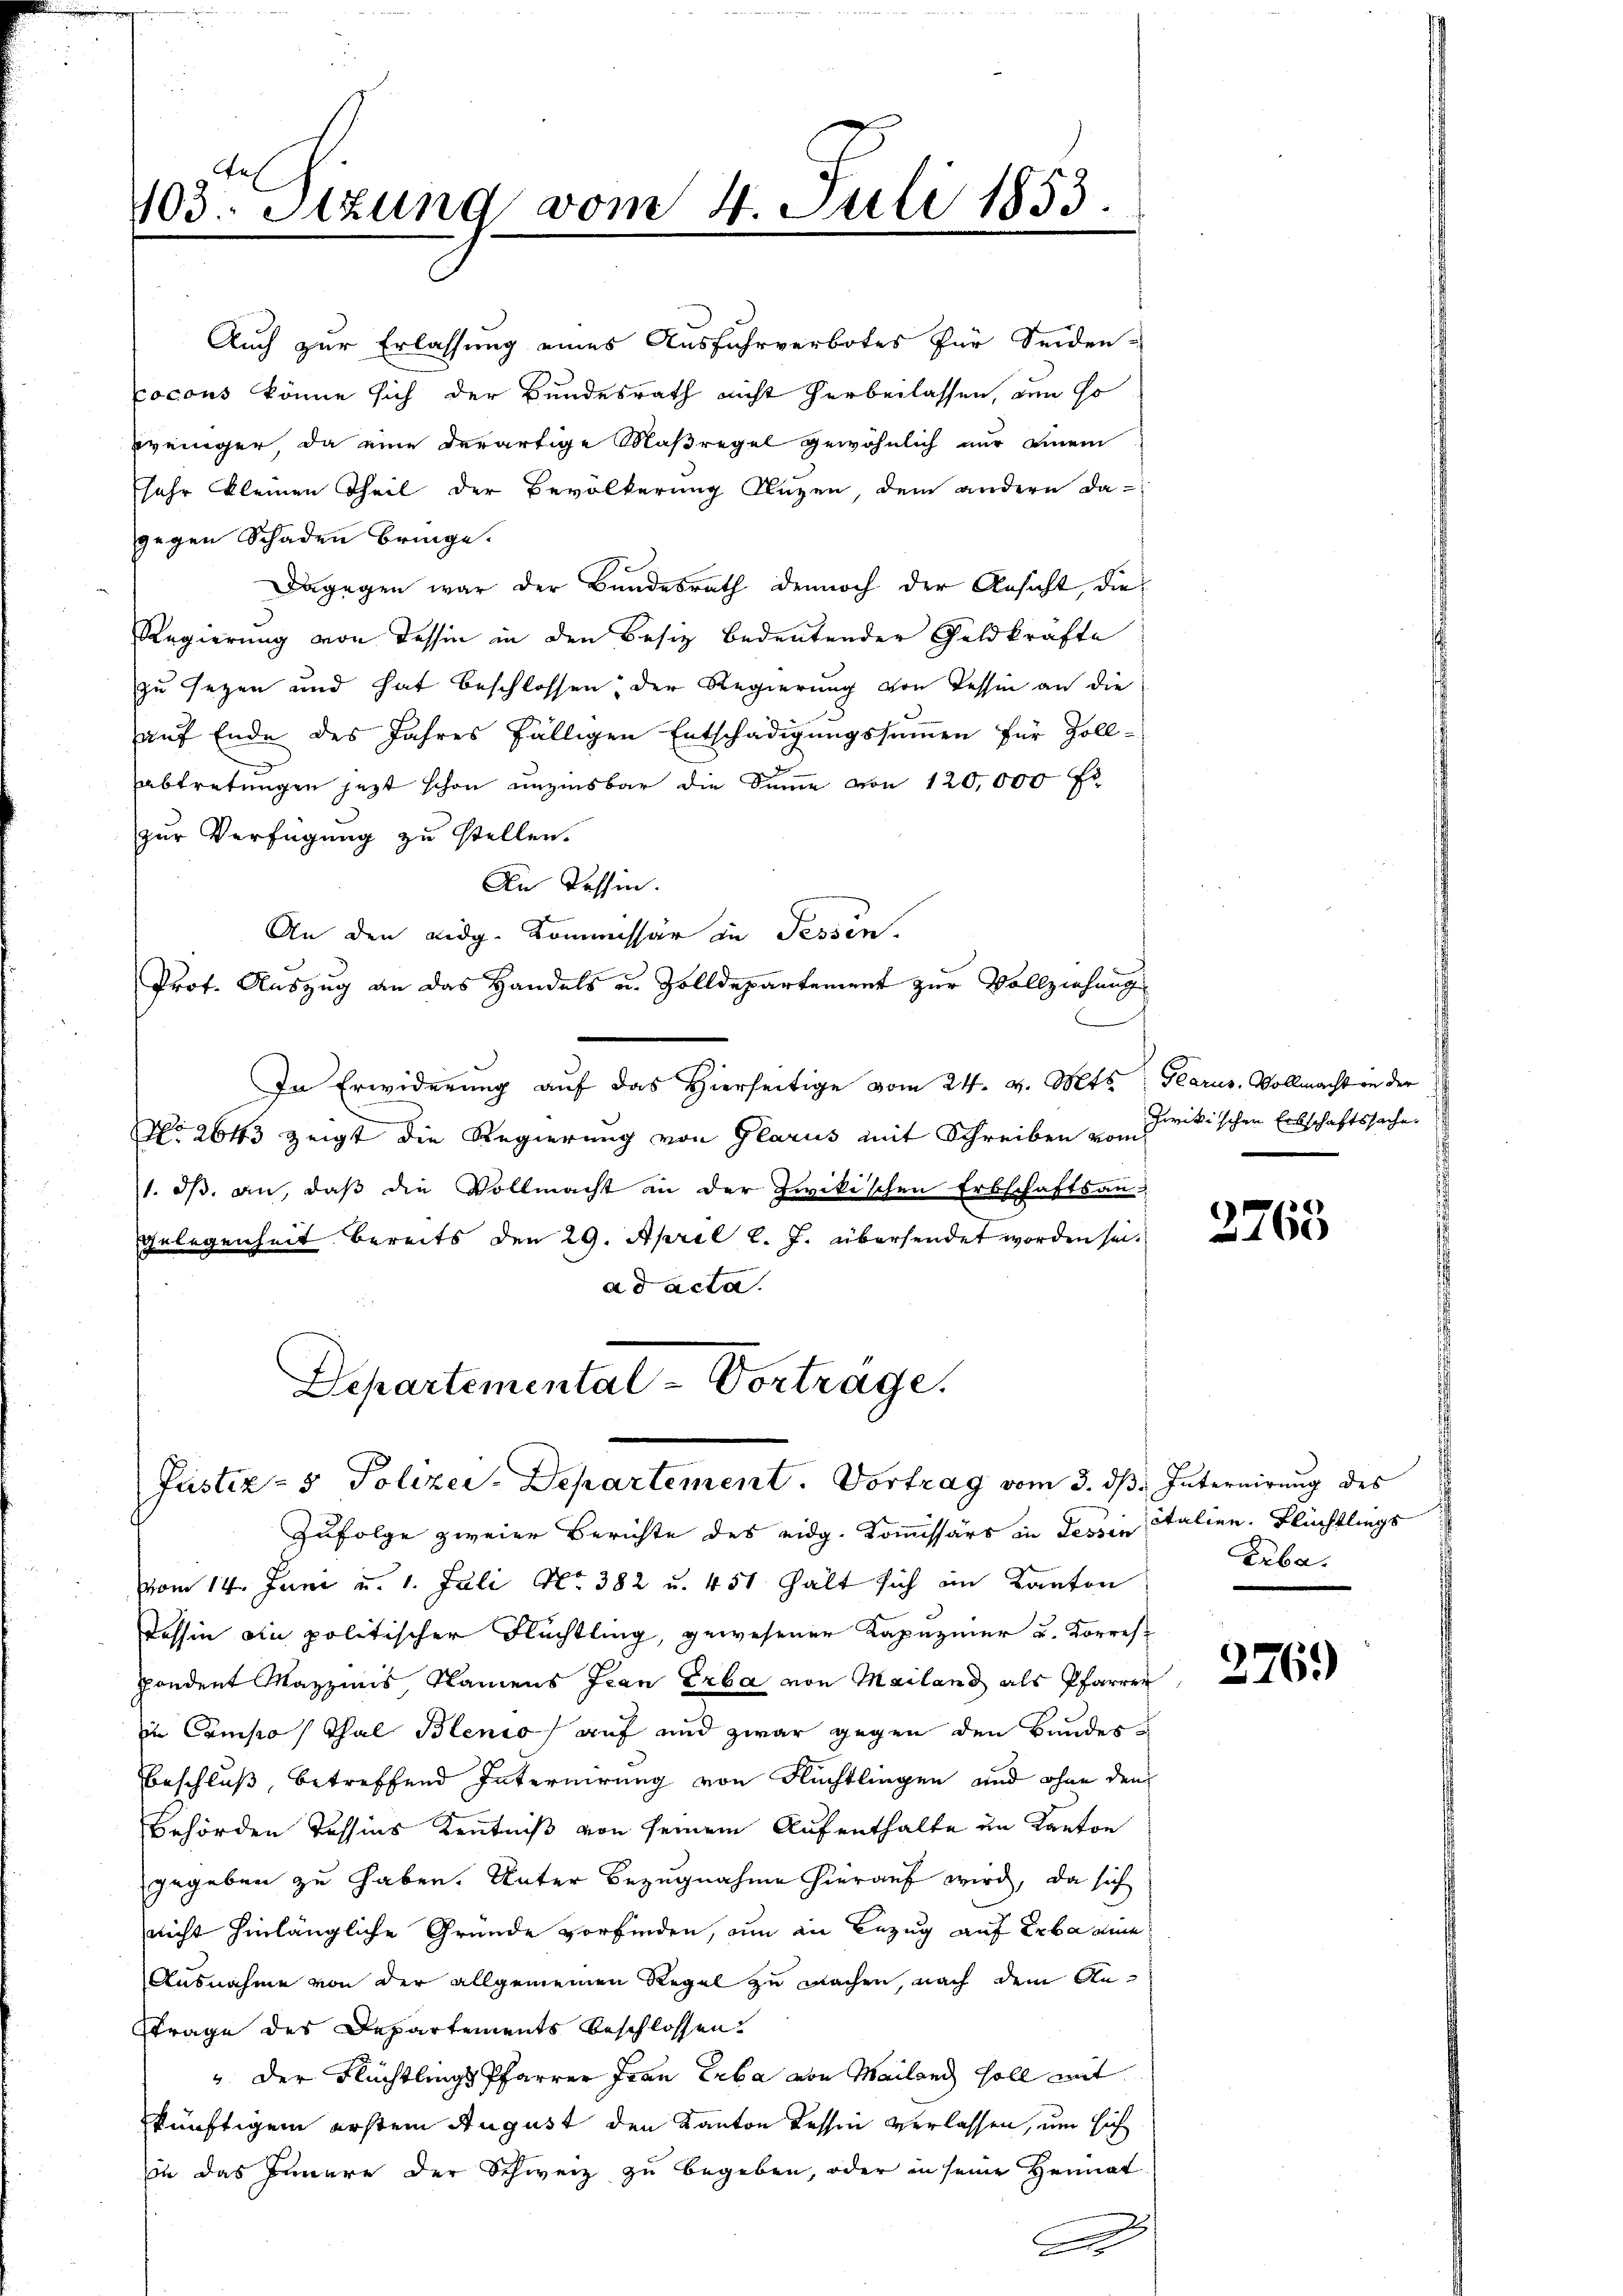
103. Stzung vom 4. Juli 1853.

Auch zur Erlassung eines Ausfuhrverbotes für Seiden-
Cocons könne sich der Bundesrath nicht herbeilassen, den so
weinger, da eine derartige Maßregel gewöhnlich nur einem
sehr kleinen Theil der Bevölkerung Kuzen, dem andern da-
gegen Schaden bringe.
Dagegen war der Bundesrath dennoch der Ansicht, die
Regierung von dessen in den Besiz bedeutender Geldkräfte
zu sezen und hat beschlossen, der Regierung von Tessin an die
auf Ende des Jahres fälligen Entschädigungssummen für Zoll-
abtretungen jetzt schon unzinsbar die Summe von 120,000 fl
zur Verfügung zu stellen.
An Tessin.
An den Lidg. Kommissär in Fessen.
Prof. Auszug an das Handels u. Zolldepartement zur Vollziehungs
In Erwiderung auf das Hierseitige vom 24. v. Mts. Glarus. Vollmacht an der
No. 2643 zeigt die Regierung von Glarus mit Schreiben von Frikischen Erbschaftssache
1. ds. an, daß die Vollmacht in der Zwikischen Erbschaftsan¬
Gelegenheit bereits den 29. April l. J. übersendet worden sei.
ad acta.
Departementat-Vorträge.

Justiz- & Polizei-Departement. Vortrag vom 3. ds. Internirung des

Zufolge zweier Berichte des eidg. Kommissärs in Tessin Italien. Flüchtlings
vom 14. Juni u. 1. Juli No 382 u. 451 hält sich im Kanton
Tessin ain politischer Flüchtling, gewesener Kapuziner u. Korres-
pondent Mazzinis Namens fran Erba von Mailand als Pfarrer
in Composthal Blenio auf und zwar gegen den Bundes¬
Beschluß betreffend Internirung von Flüchtlingen und ohne den
behörden Tessins Kenntniß von seinem Aufenthalte im Kanton
gegeben zu haben. Unter Bezugnahme hierauf wird, da sich
nicht hinlängliche Gründe vorfinden, um in Bezug auf Erbaume
Ausnahme von der allgemeinen Regel zu machen, nach dem An¬
Ftrage des Departements beschlossen.
" der Flüchtlings Pfarrer Frau Erbe von Mailand soll mit
künftigem erstem August den Kanton Tessin verlassen, um sich
sin das Innere der Schweiz zu begeben, oder in seine Heimat
A

2768

Erba

276)